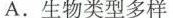
A.生物类型多样